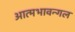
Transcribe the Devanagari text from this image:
आत्मभावन्गल